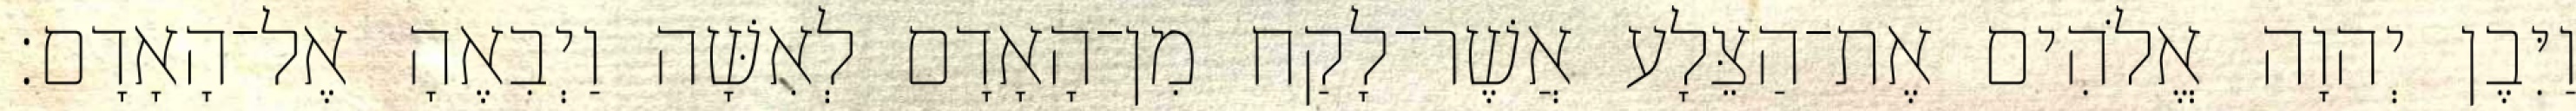
וַיִּבֶן יְהוָה אֱלֹהִים אֶת־הַצֵּלָע אֲשֶׁר־לָקַח מִן־הָאָדָם לְאִשָּׁה וַיְבִאֶהָ אֶל־הָאָדָם׃